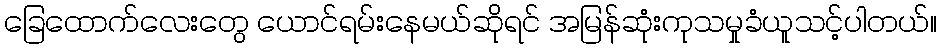
ခြေထောက်လေးတွေ ယောင်ရမ်းနေမယ်ဆိုရင် အမြန်ဆုံးကုသမှုခံယူသင့်ပါတယ်။